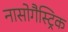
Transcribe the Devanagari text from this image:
नासोगैस्ट्रिक